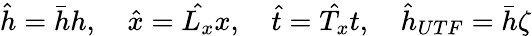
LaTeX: \hat{h}=\bar{h}h,\quad\hat{x}=\hat{L_{x}}x,\quad\hat{t}=\hat{T_{x}}t,\quad\hat{h}_{UTF}=\bar{h}\zeta